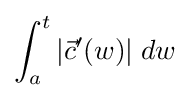
\int _{a}^{t}|{\vec {c}}'(w)|\;dw